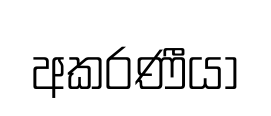
අකරණීයා